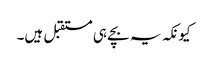
کیونکہ یہ بچے ہی مستقبل ہیں۔